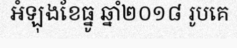
អំឡុងខែធ្នូ ឆ្នាំ២០១៨ រូបគេ